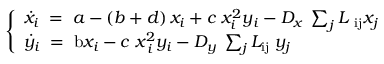
\left\lbrace \begin{array} { l } { \dot { x } _ { i } \; = \; a - \left( b + d \right) x _ { i } + c \; x _ { i } ^ { 2 } y _ { i } - D _ { x } \; \sum _ { j } L { \; } _ { \mathrm { i j } } x _ { j } } \\ { { \dot { y } _ { i } \; = \; \mathrm { b } } x _ { i } - c \; x _ { \; i } ^ { 2 } y _ { i } - D _ { y } \; \sum _ { j } L _ { \mathrm { i j } } \; y _ { j } \; \; \; \; \; \; \; } \end{array} \right.